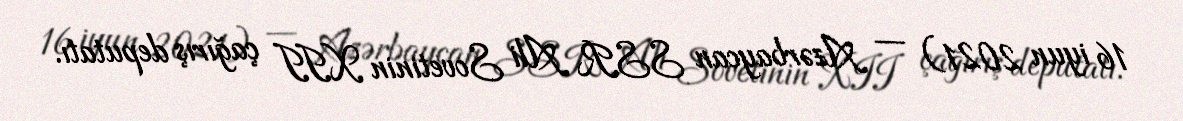
16 iyun 2021) — Azərbaycan SSR Ali Sovetinin XII çağırış deputatı.